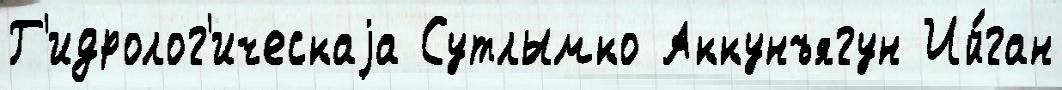
Г'идролог'ическаjа Сутлымко Аккунъягун Ий́ган